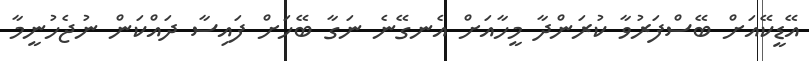
އޭޑީކޭއަށް ބޭސްފަރުވާ ކުރަންދާ މީހާއަށް އެނގޭނެ ނަގާ ބޭހަށް ފައިސާ ދައްކަން ނުޖެހުނީމާ